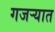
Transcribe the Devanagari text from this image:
गजर्‍यात